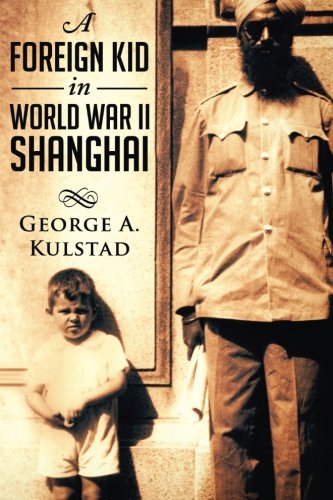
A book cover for A Foreign Kid in World War II Shanghai; George A. Kulstad; Biographies & Memoirs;